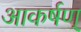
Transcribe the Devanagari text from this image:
आकर्षण्